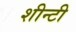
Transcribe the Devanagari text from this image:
शीन्टी